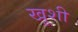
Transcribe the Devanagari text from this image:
खूशी